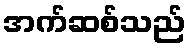
အက်ဆစ်သည်